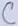
Text: C